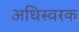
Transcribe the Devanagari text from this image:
अधिस्वरक